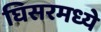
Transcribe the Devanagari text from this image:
घिसरमध्ये